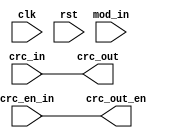
module  go_back_pipe 

# ( parameter   GO_BACK_STAGE        =  0 ,  // 7    
                MOD_WIDTH            =  0 ,   // 7 
                GO_BACK_POLY         =  0
)

  (     
            input                       clk          ,
            input                       rst          ,
            input    [31:0]             crc_in       ,
            input                       crc_en_in    ,
            input    [MOD_WIDTH-1:0]    mod_in       ,
            output   [31:0]             crc_out      ,
            output                      crc_out_en
              ) ;

//*******************
//DEFINE LOCAL PARAMETER
//*******************
//parameter(s)
                                     
 parameter [0:GO_BACK_STAGE*256*64-1] POLY = GO_BACK_POLY ;                          

                                  
 

//*********************
//INNER SIGNAL DECLARATION
//*********************
//REGS
//  wire [31:0]     crc_go_back_0    ;
// wire         crc_en_go_back_0    ;
// wire [MOD_WIDTH-1:0]      mod_go_back_0    ;

//  wire [31:0]     crc_go_back_1    ;
// wire         crc_en_go_back_1    ;
// wire [MOD_WIDTH-1:0]      mod_go_back_1    ;

// wire [31:0]     crc_go_back_2    ;
// wire         crc_en_go_back_2    ;
// wire [MOD_WIDTH-1:0]      mod_go_back_2    ;

// wire [31:0]     crc_go_back_3    ;
// wire         crc_en_go_back_3    ;
// wire [MOD_WIDTH-1:0]      mod_go_back_3    ;

// wire [31:0]     crc_go_back_4    ;
// wire         crc_en_go_back_4    ;
// wire [MOD_WIDTH-1:0]      mod_go_back_4    ;

// wire [31:0]     crc_go_back_5    ;
// wire         crc_en_go_back_5    ;
// wire [MOD_WIDTH-1:0]      mod_go_back_5    ;

// wire [31:0]     crc_go_back_6    ;
// wire         crc_en_go_back_6    ;
// wire [MOD_WIDTH-1:0]      mod_go_back_6    ;

// wire [31:0]     crc_go_back_7    ;
// wire         crc_en_go_back_7    ;
// wire [MOD_WIDTH-1:0]      mod_go_back_7    ; 

//WIRES
 

//*********************
//INSTANTCE MODULE
//*********************


// Stride = 1;Simple Go Back Pipeline ;LUT6 is used  ==========================================


// wire [31:0]               crc_go_back    [0:GO_BACK_STAGE]  ;
// wire                      crc_en_go_back [0:GO_BACK_STAGE]  ;
// wire [MOD_WIDTH-1:0]      mod_go_back    [0:GO_BACK_STAGE]  ;



// assign  crc_go_back    [0] =  crc_in      ;
// assign  crc_en_go_back [0] =  crc_en_in   ;
// assign  mod_go_back    [0] =  mod_in      ;




// genvar i;
// generate 
//         for (i=0; i<GO_BACK_STAGE; i=i+1) begin : multi_go_back_stage
//             go_back_stage    // 8
//                 # ( 
//                         .MOD_WIDTH ( MOD_WIDTH ) ,
//                         .MOD ( 2**i ) , // 128-1
//                         .POLY ( POLY[i*32*64*6 +: 32*64*6] )  
//                     )
//             u_go_back_stage  (     
//                 .clk             ( clk )   ,
//                 .rst             ( rst )   ,
//                 .crc             (crc_go_back     [GO_BACK_STAGE-i-1] )   ,
//                 .crc_en          (crc_en_go_back  [GO_BACK_STAGE-i-1] )   ,
//                 .mod             (mod_go_back     [GO_BACK_STAGE-i-1] )   ,
//                 .crc_go_back     (crc_go_back     [GO_BACK_STAGE-i]   )   ,
//                 .crc_en_go_back  (crc_en_go_back  [GO_BACK_STAGE-i]   )   ,
//                 .mod_go_back     (mod_go_back     [GO_BACK_STAGE-i]   )           
//                           ) ;
//         end


// endgenerate

// assign  crc_out     =  crc_go_back     [GO_BACK_STAGE] ;
// assign  crc_out_en  =  crc_en_go_back  [GO_BACK_STAGE] ;







// Stride = 8; LUT5 is used  ==============================================================


 

wire [31:0]               crc_go_back    [0:GO_BACK_STAGE]  ;
wire                      crc_en_go_back [0:GO_BACK_STAGE]  ;
wire [MOD_WIDTH-1:0]      mod_go_back    [0:GO_BACK_STAGE]  ;



assign  crc_go_back    [0] =  crc_in      ;
assign  crc_en_go_back [0] =  crc_en_in   ;
assign  mod_go_back    [0] =  mod_in      ;

genvar i;
generate 
        for (i=0; i<GO_BACK_STAGE; i=i+1) begin : Stride8_multi_go_back_stage
            parameter MOD_STAGE = 2-i ;
            go_back_lut_5_stride_8  
                # (   
                    .MOD_WIDTH  ( MOD_WIDTH ) ,
                    .MOD_STAGE  ( MOD_STAGE ) ,  // 范围0-2                  
                    .LUT_POLY   ( POLY[(2-i)*256*64 +: 256*64] )                   
            
                    ) u_go_back_lut_5_stride_8
            ( 
                    .clk            ( clk ) ,
                    .rst            ( rst ) ,
                    .crc            ( crc_go_back     [GO_BACK_STAGE-i-1] ) ,
                    .crc_en         ( crc_en_go_back  [GO_BACK_STAGE-i-1] ) ,
                    .mod            ( mod_go_back     [GO_BACK_STAGE-i-1] ) ,
                    .crc_go_back    ( crc_go_back     [GO_BACK_STAGE-i]   ) ,
                    .crc_en_go_back ( crc_en_go_back  [GO_BACK_STAGE-i]   ) ,
                    .mod_go_back    ( mod_go_back     [GO_BACK_STAGE-i]   )       
            
             ) ;
        end

assign  crc_out     =  crc_go_back     [GO_BACK_STAGE] ;
assign  crc_out_en  =  crc_en_go_back  [GO_BACK_STAGE] ;









endgenerate









//*********************
//MAIN CORE
//********************* 





//*********************
endmodule